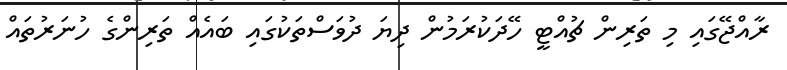
ރާއްޖޭގައި މި ތަރިން ޗުއްޓީ ހޭދަކުރަމުން ދިޔަ ދުވަސްތަކުގައި ބައެއް ތަރިންގެ ހުނަރުތައް